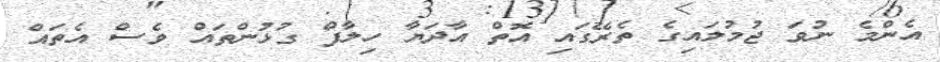
އެންމެ ނުވަ ޖުމުލައިގެ ތެރޭގައި އޮތް އާދަޔާ ހިލާފް ގުޅުންތައް ވެސް އެތައް